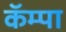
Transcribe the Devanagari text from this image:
कॅम्पा